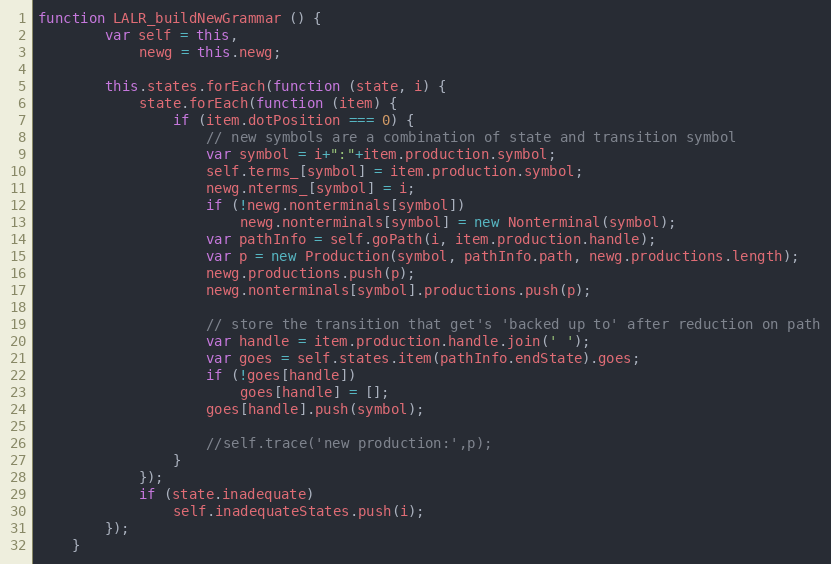
Language: JavaScript
function LALR_buildNewGrammar () {
        var self = this,
            newg = this.newg;

        this.states.forEach(function (state, i) {
            state.forEach(function (item) {
                if (item.dotPosition === 0) {
                    // new symbols are a combination of state and transition symbol
                    var symbol = i+":"+item.production.symbol;
                    self.terms_[symbol] = item.production.symbol;
                    newg.nterms_[symbol] = i;
                    if (!newg.nonterminals[symbol])
                        newg.nonterminals[symbol] = new Nonterminal(symbol);
                    var pathInfo = self.goPath(i, item.production.handle);
                    var p = new Production(symbol, pathInfo.path, newg.productions.length);
                    newg.productions.push(p);
                    newg.nonterminals[symbol].productions.push(p);

                    // store the transition that get's 'backed up to' after reduction on path
                    var handle = item.production.handle.join(' ');
                    var goes = self.states.item(pathInfo.endState).goes;
                    if (!goes[handle])
                        goes[handle] = [];
                    goes[handle].push(symbol);

                    //self.trace('new production:',p);
                }
            });
            if (state.inadequate)
                self.inadequateStates.push(i);
        });
    }